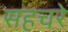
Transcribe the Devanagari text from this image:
सहचरे